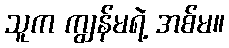
သူက ကျွန်မရဲ့ အစ်မ။